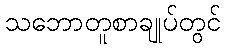
သဘောတူစာချုပ်တွင်